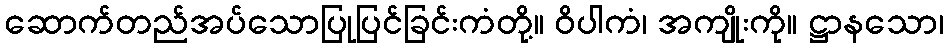
ဆောက်တည်အပ်သောပြုပြင်ခြင်းကံတို့။ ဝိပါကံ၊ အကျိုးကို။ ဋ္ဌာနသော၊